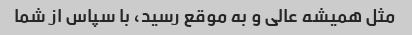
مثل همیشه عالی و به موقع رسید، با سپاس از شما